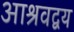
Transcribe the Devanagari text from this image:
आश्रवद्वय